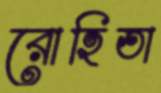
রোহিতা